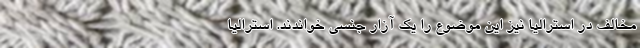
مخالف در استرالیا نیز این موضوع را یک آزار جنسی خواندند. استرالیا